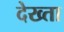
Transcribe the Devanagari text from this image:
देख्ता